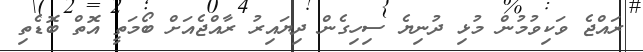
ރައްޖެ ވަކިވުމުން މުޅި ދުނިޔެ ސިހިގެން ދިޔައިރު ރާއްޖެއަށް ބޯމަތީ އޮތް ބޮޑެތި